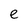
Character: e